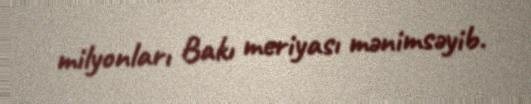
milyonları Bakı meriyası mənimsəyib.